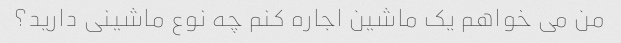
من می خواهم یک ماشین اجاره کنم چه نوع ماشینی دارید؟